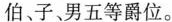
伯、子、男五等爵位。